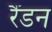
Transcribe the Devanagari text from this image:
रैंडन